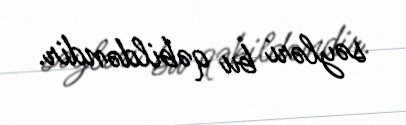
səyləri bu qəbildəndir.